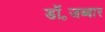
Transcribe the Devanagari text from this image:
डॉ॰जब्बार